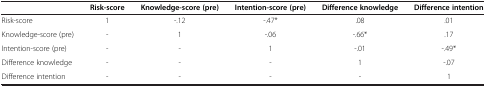
|  | Risk-score | Knowledge-score (pre) | Intention-score (pre) | Difference knowledge | Difference intention |
 | --- | --- | --- | --- | --- | --- |
 | Risk-score | 1 | -.12 | -.47* | .08 | .01 |
 | Knowledge-score (pre) | - | 1 | -.06 | -.66* | .17 |
 | Intention-score (pre) | - | - | 1 | -.01 | -.49* |
 | Difference knowledge | - | - | - | 1 | -.07 |
 | Difference intention | - | - | - | - | 1 |